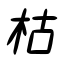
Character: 枯